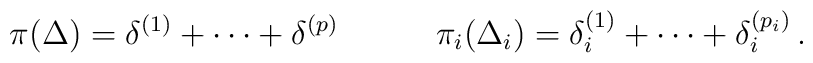
\pi (\Delta ) = \delta ^{(1)} + \cdots + \delta ^{(p)}\qquad \quad\pi _i (\Delta _i) = \delta ^{(1)} _i + \cdots + \delta ^{(p_i)} _i \, .